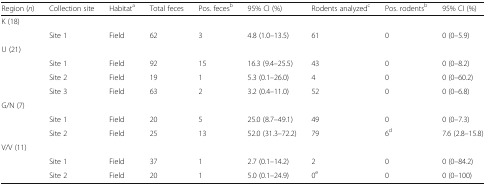
<table><thead><tr><td><b>Region (<i>n</i>)</b></td><td><b>Collection site</b></td><td><b>Habitat<sup>a</sup></b></td><td><b>Total feces</b></td><td><b>Pos. feces<sup>b</sup></b></td><td><b>95% CI (%)</b></td><td><b>Rodents analyzed<sup>c</sup></b></td><td><b>Pos. rodents<sup>b</sup></b></td><td><b>95% CI (%)</b></td></tr></thead><tbody><tr><td colspan="9">K (18)</td></tr><tr><td></td><td>Site 1</td><td>Field</td><td>62</td><td>3</td><td>4.8 (1.0–13.5)</td><td>61</td><td>0</td><td>0 (0–5.9)</td></tr><tr><td colspan="9">U (21)</td></tr><tr><td></td><td>Site 1</td><td>Field</td><td>92</td><td>15</td><td>16.3 (9.4–25.5)</td><td>43</td><td>0</td><td>0 (0–8.2)</td></tr><tr><td></td><td>Site 2</td><td>Field</td><td>19</td><td>1</td><td>5.3 (0.1–26.0)</td><td>4</td><td>0</td><td>0 (0–60.2)</td></tr><tr><td></td><td>Site 3</td><td>Field</td><td>63</td><td>2</td><td>3.2 (0.4–11.0)</td><td>52</td><td>0</td><td>0 (0–6.8)</td></tr><tr><td colspan="9">G/N (7)</td></tr><tr><td></td><td>Site 1</td><td>Field</td><td>20</td><td>5</td><td>25.0 (8.7–49.1)</td><td>49</td><td>0</td><td>0 (0–7.3)</td></tr><tr><td></td><td>Site 2</td><td>Field</td><td>25</td><td>13</td><td>52.0 (31.3–72.2)</td><td>79</td><td>6<sup>d</sup></td><td>7.6 (2.8–15.8)</td></tr><tr><td colspan="9">V/V (11)</td></tr><tr><td></td><td>Site 1</td><td>Field</td><td>37</td><td>1</td><td>2.7 (0.1–14.2)</td><td>2</td><td>0</td><td>0 (0–84.2)</td></tr><tr><td></td><td>Site 2</td><td>Field</td><td>20</td><td>1</td><td>5.0 (0.1–24.9)</td><td>0<sup>e</sup></td><td>0</td><td>0 (0–100)</td></tr></tbody></table>